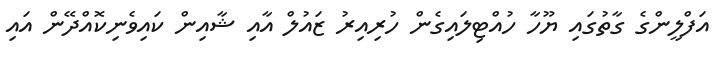
އަފްލީންގެ ގާތުގައި ޔޫހާ ހުއްޓިލައިގެން ހުރިއިރު ޒައުލް އާއި ޝާއިން ކައިވެނިކޮއްދޭން އައި